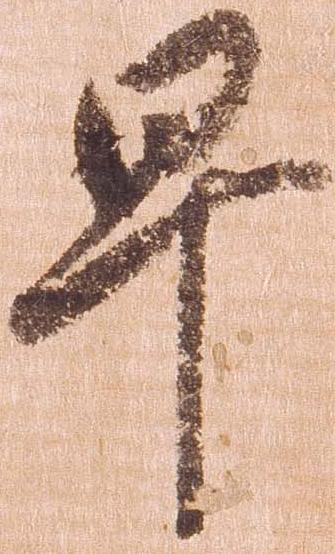
早